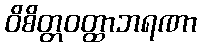
ဝိစိတ္တဝတ္ထာဘရဏာ